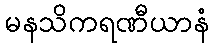
မနသိကရဏီယာနံ